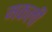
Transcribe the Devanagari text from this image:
मकली